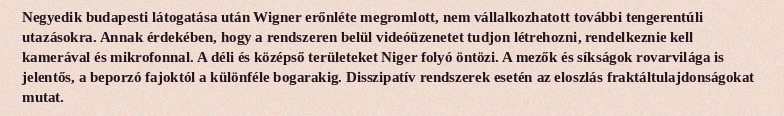
Negyedik budapesti látogatása után Wigner erőnléte megromlott, nem vállalkozhatott további tengerentúli utazásokra. Annak érdekében, hogy a rendszeren belül videóüzenetet tudjon létrehozni, rendelkeznie kell kamerával és mikrofonnal. A déli és középső területeket Niger folyó öntözi. A mezők és síkságok rovarvilága is jelentős, a beporzó fajoktól a különféle bogarakig. Disszipatív rendszerek esetén az eloszlás fraktáltulajdonságokat mutat.